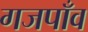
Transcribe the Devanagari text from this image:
गजपाँव